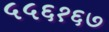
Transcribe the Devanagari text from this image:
५५६१६७